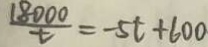
\frac { 1 8 0 0 0 } { t } = - 5 t + 6 0 0